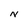
Character: N